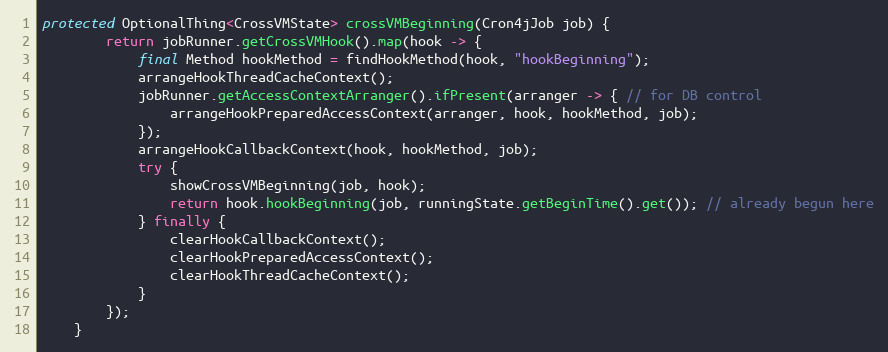
Language: Java
protected OptionalThing<CrossVMState> crossVMBeginning(Cron4jJob job) {
        return jobRunner.getCrossVMHook().map(hook -> {
            final Method hookMethod = findHookMethod(hook, "hookBeginning");
            arrangeHookThreadCacheContext();
            jobRunner.getAccessContextArranger().ifPresent(arranger -> { // for DB control
                arrangeHookPreparedAccessContext(arranger, hook, hookMethod, job);
            });
            arrangeHookCallbackContext(hook, hookMethod, job);
            try {
                showCrossVMBeginning(job, hook);
                return hook.hookBeginning(job, runningState.getBeginTime().get()); // already begun here
            } finally {
                clearHookCallbackContext();
                clearHookPreparedAccessContext();
                clearHookThreadCacheContext();
            }
        });
    }